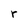
Character: r